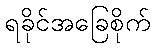
ရခိုင်အခြေစိုက်